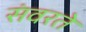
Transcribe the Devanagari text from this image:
संवरते